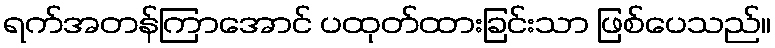
ရက်အတန်ကြာအောင် ပထုတ်ထားခြင်းသာ ဖြစ်ပေသည်။